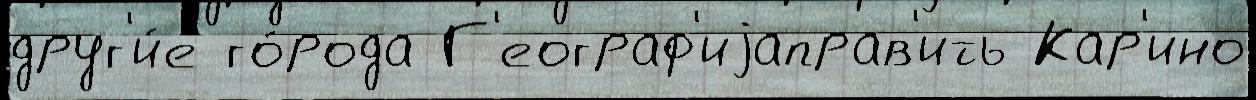
друг'и́е го́рода Г'еограф'иjаправ'ить Кар'ино